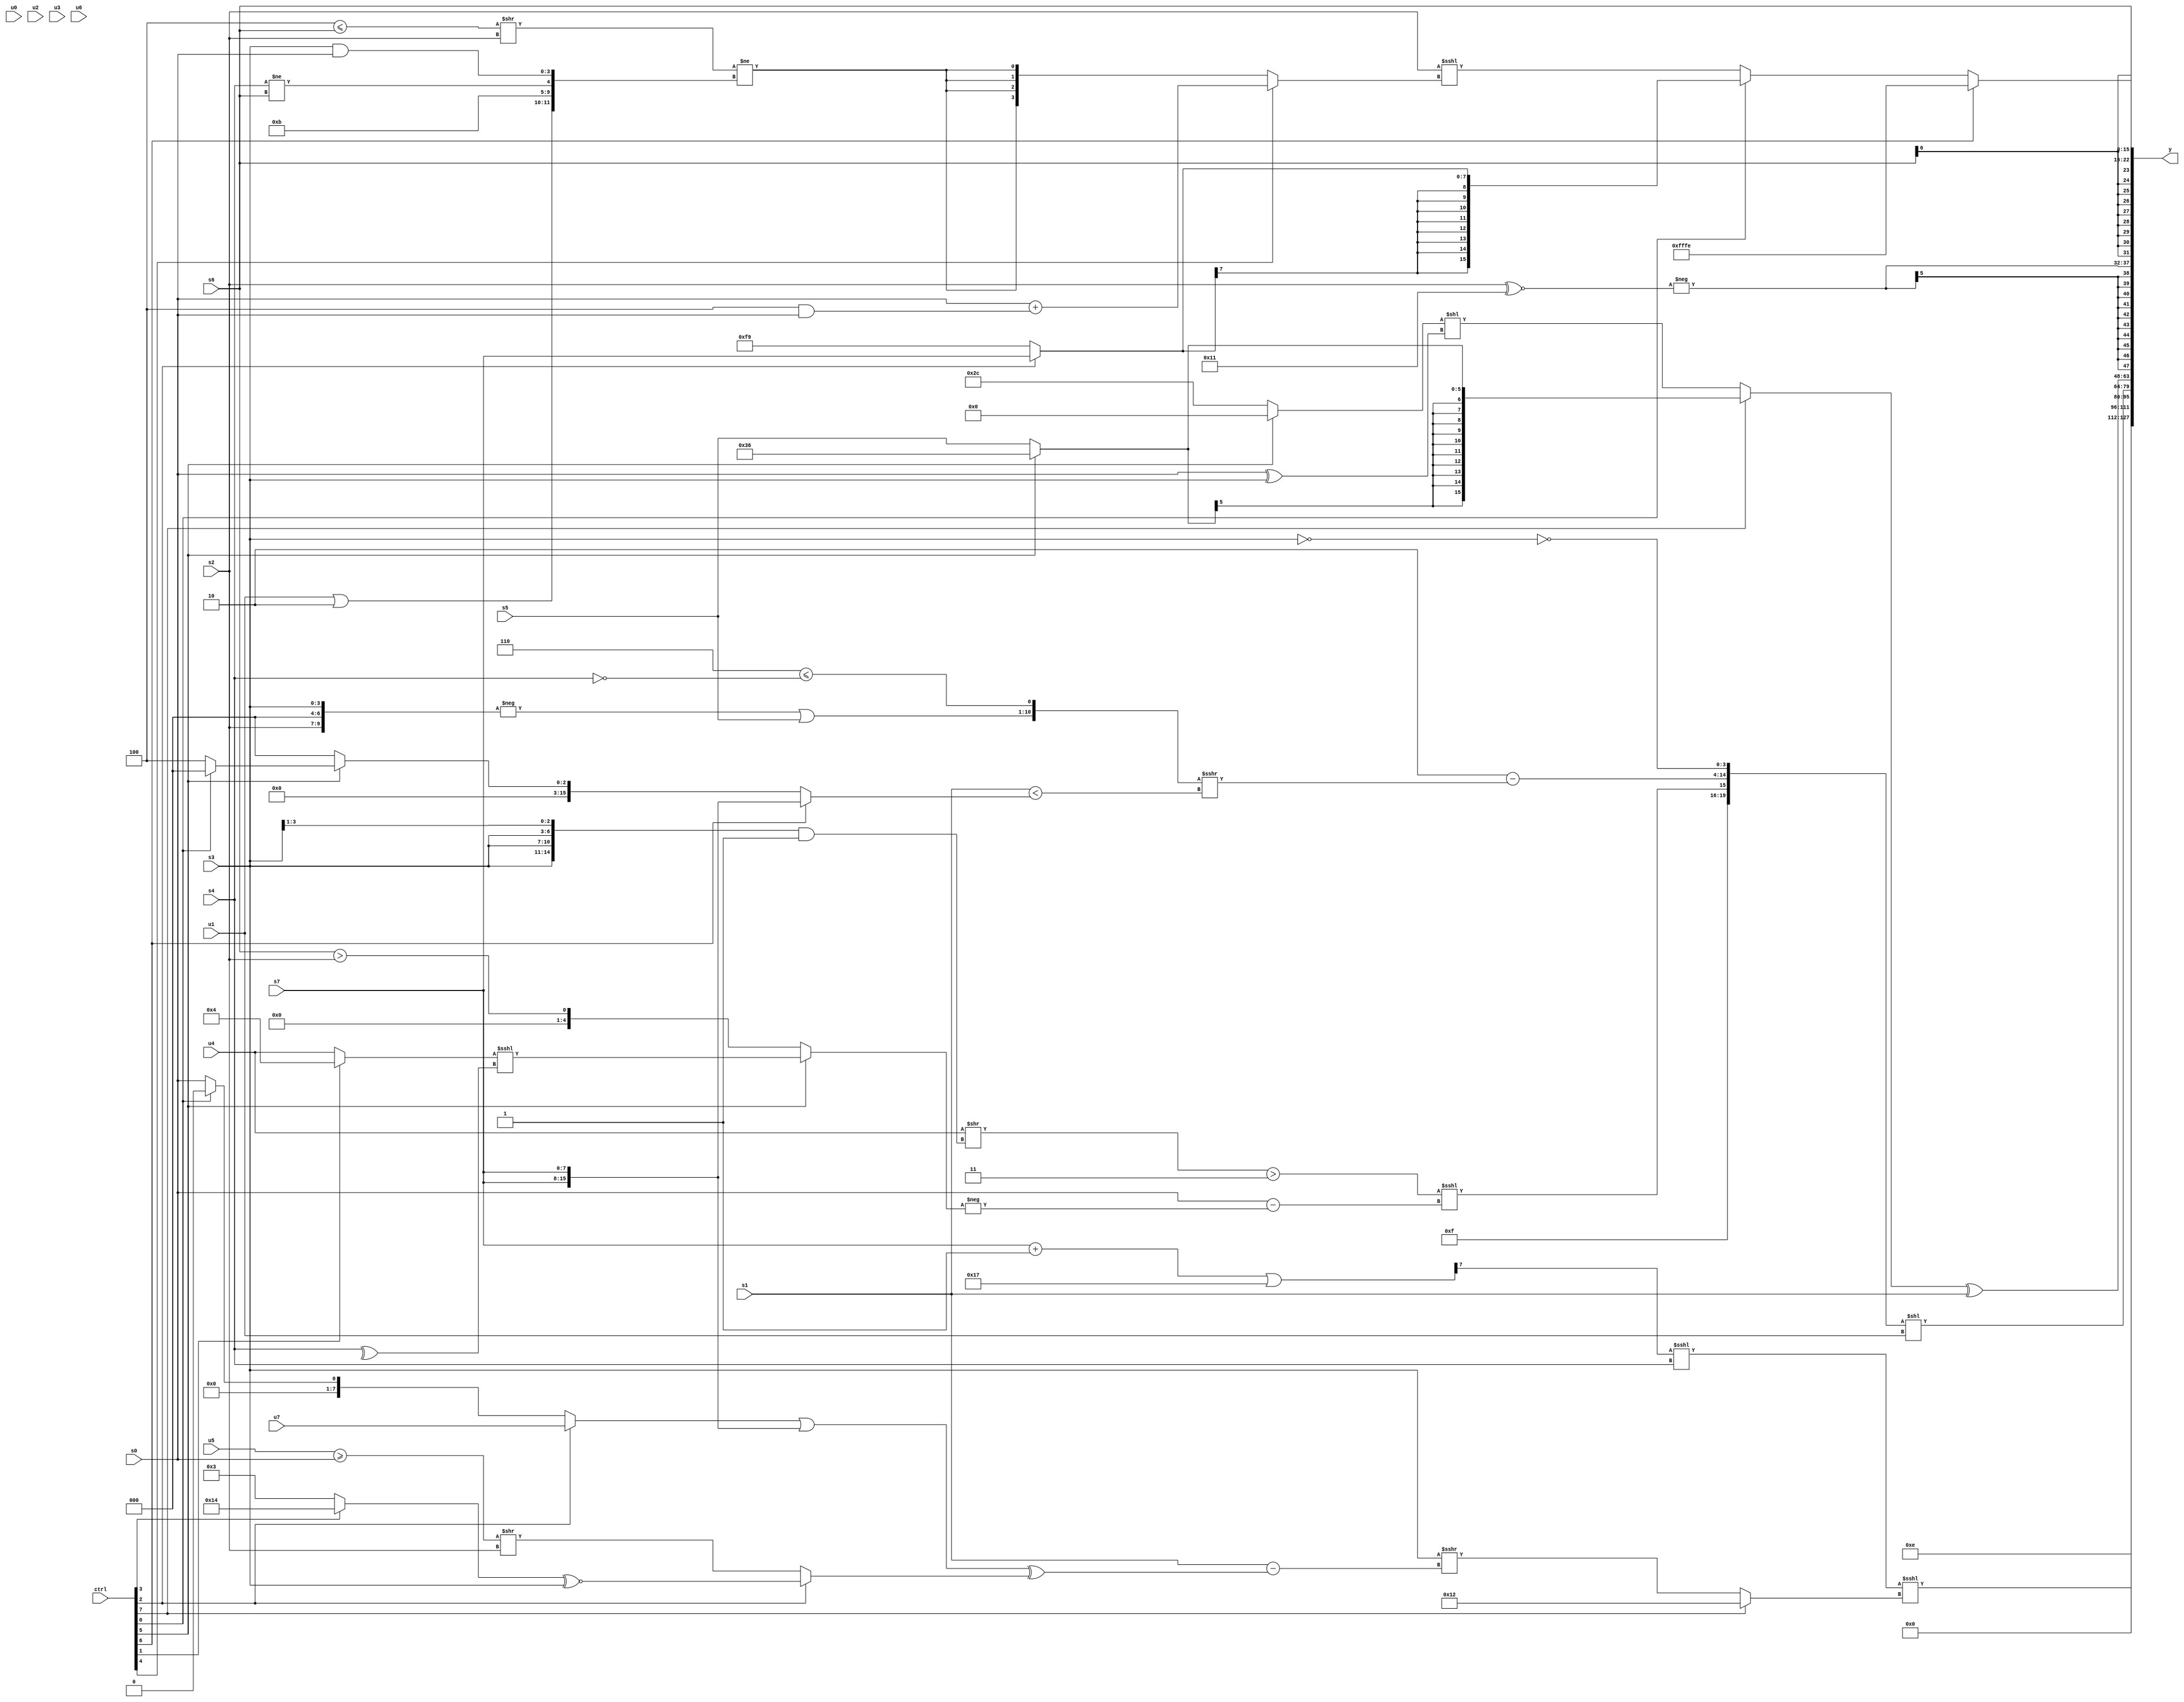
module wideexpr_00013(ctrl, u0, u1, u2, u3, u4, u5, u6, u7, s0, s1, s2, s3, s4, s5, s6, s7, y);
  input [7:0] ctrl;
  input [0:0] u0;
  input [1:0] u1;
  input [2:0] u2;
  input [3:0] u3;
  input [4:0] u4;
  input [5:0] u5;
  input [6:0] u6;
  input [7:0] u7;
  input signed [0:0] s0;
  input signed [1:0] s1;
  input signed [2:0] s2;
  input signed [3:0] s3;
  input signed [4:0] s4;
  input signed [5:0] s5;
  input signed [6:0] s6;
  input signed [7:0] s7;
  output [127:0] y;
  wire [15:0] y0;
  wire [15:0] y1;
  wire [15:0] y2;
  wire [15:0] y3;
  wire [15:0] y4;
  wire [15:0] y5;
  wire [15:0] y6;
  wire [15:0] y7;
  assign y = {y0,y1,y2,y3,y4,y5,y6,y7};
  assign y0 = +(6'b001110);
  assign y1 = ($signed(($signed(+(($signed(((s7)+(3'sb111))|(5'sb10111)))>>>($signed(6'sb100010)))))<<<($unsigned(s4))))<<<((ctrl[7]?6'sb010010:(s3)>>>((s1)-($signed((((ctrl[2]?$signed(u7):(ctrl[0]?1'sb0:s0)))|({2{s7}}))^((ctrl[2]?((ctrl[3]?5'sb10100:2'sb11))^~(s3):((u5)>=(s0))>>(s2))))))));
  assign y2 = 1'sb0;
  assign y3 = ({5'sb01111,(((u4)>>($signed((({4{s3}})>>(1'sb1))&(1'sb1))))>(4'sb0011))<<<((s0)-({-((ctrl[5]?((ctrl[1]?4'sb0100:u4))<<<(^(s4)):(s6)>(s2)))})),(2'sb10)-(({(-({s2,(3'sb000)>>(5'b10000),+(s3)}))|(s5),({1{6'b000110}})<=(!(s4))})>>>(($signed(s1))<((ctrl[6]?$signed({2{s7}}):$signed((ctrl[5]?(ctrl[0]?1'b0:5'sb00100):(2'sb00)>>(3'sb101))))))),$unsigned(~(~(s3)))})<<(u1);
  assign y4 = ((ctrl[7]?(ctrl[5]?6'sb110110:s5):+(((ctrl[5]?1'sb0:6'sb101100))<<((s0)^(s3)))))^(s1);
  assign y5 = $signed(-((s2)^~(6'sb110001)));
  assign y6 = s6;
  assign y7 = (ctrl[6]?4'sb1110:(ctrl[0]?(ctrl[2]?s7:4'sb1001):(s2)<<<((ctrl[4]?(s0)+((4'sb1100)&(((s0)>>>(2'sb10))<<<((5'sb01110)&(3'sb000)))):$signed((((4'sb1100)<=(s6))>>(s2))!=({(u1)|(2'b10),5'sb01011,(s4)!=(s6),(s3)&(s0)}))))));
endmodule